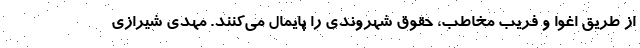
از طریق اغوا و فریب مخاطب، حقوق شهروندی را پایمال می‌کنند. مهدی شیرازی